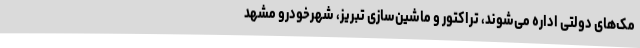
مک‌های دولتی اداره می‌شوند، تراکتور و ماشین‌سازی تبریز، شهرخودرو مشهد